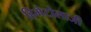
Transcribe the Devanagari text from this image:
हिमेटोलाजी